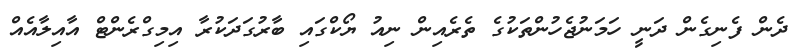
ދެން ފެނިގެން ދަނީ ހަމަނުޖެހުންތަކުގެ ތެރެއިން ނިއު ޔޯކްގައި ބާރުގަދަކުރާ އިމިގްރެންޓް އާއިލާއެއް